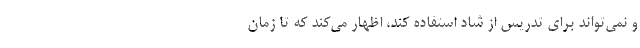
و نمی‌تواند برای تدریس از شاد استفاده کند، اظهار می‌کند که تا زمان